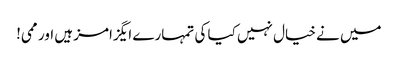
میں نے خیال نہیں کیا کی تمہارے ایگزامز ہیں اور ممی!